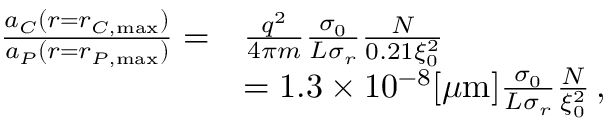
\begin{array} { r l } { \frac { a _ { C } ( r = r _ { C , \mathrm { m a x } } ) } { a _ { P } ( r = r _ { P , \mathrm { m a x } } ) } = } & { \frac { q ^ { 2 } } { 4 \pi m } \frac { \sigma _ { 0 } } { L \sigma _ { r } } \frac { N } { 0 . 2 1 \xi _ { 0 } ^ { 2 } } } \\ & { = 1 . 3 \times 1 0 ^ { - 8 } [ \mu \mathrm { m } ] \frac { \sigma _ { 0 } } { L \sigma _ { r } } \frac { N } { \xi _ { 0 } ^ { 2 } } \, , } \end{array}